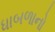
ધાબળાનો